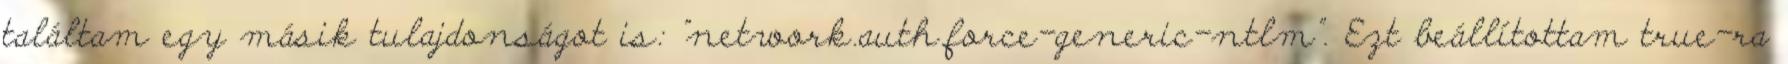
találtam egy másik tulajdonságot is: "network.auth.force-generic-ntlm". Ezt beállítottam true-ra